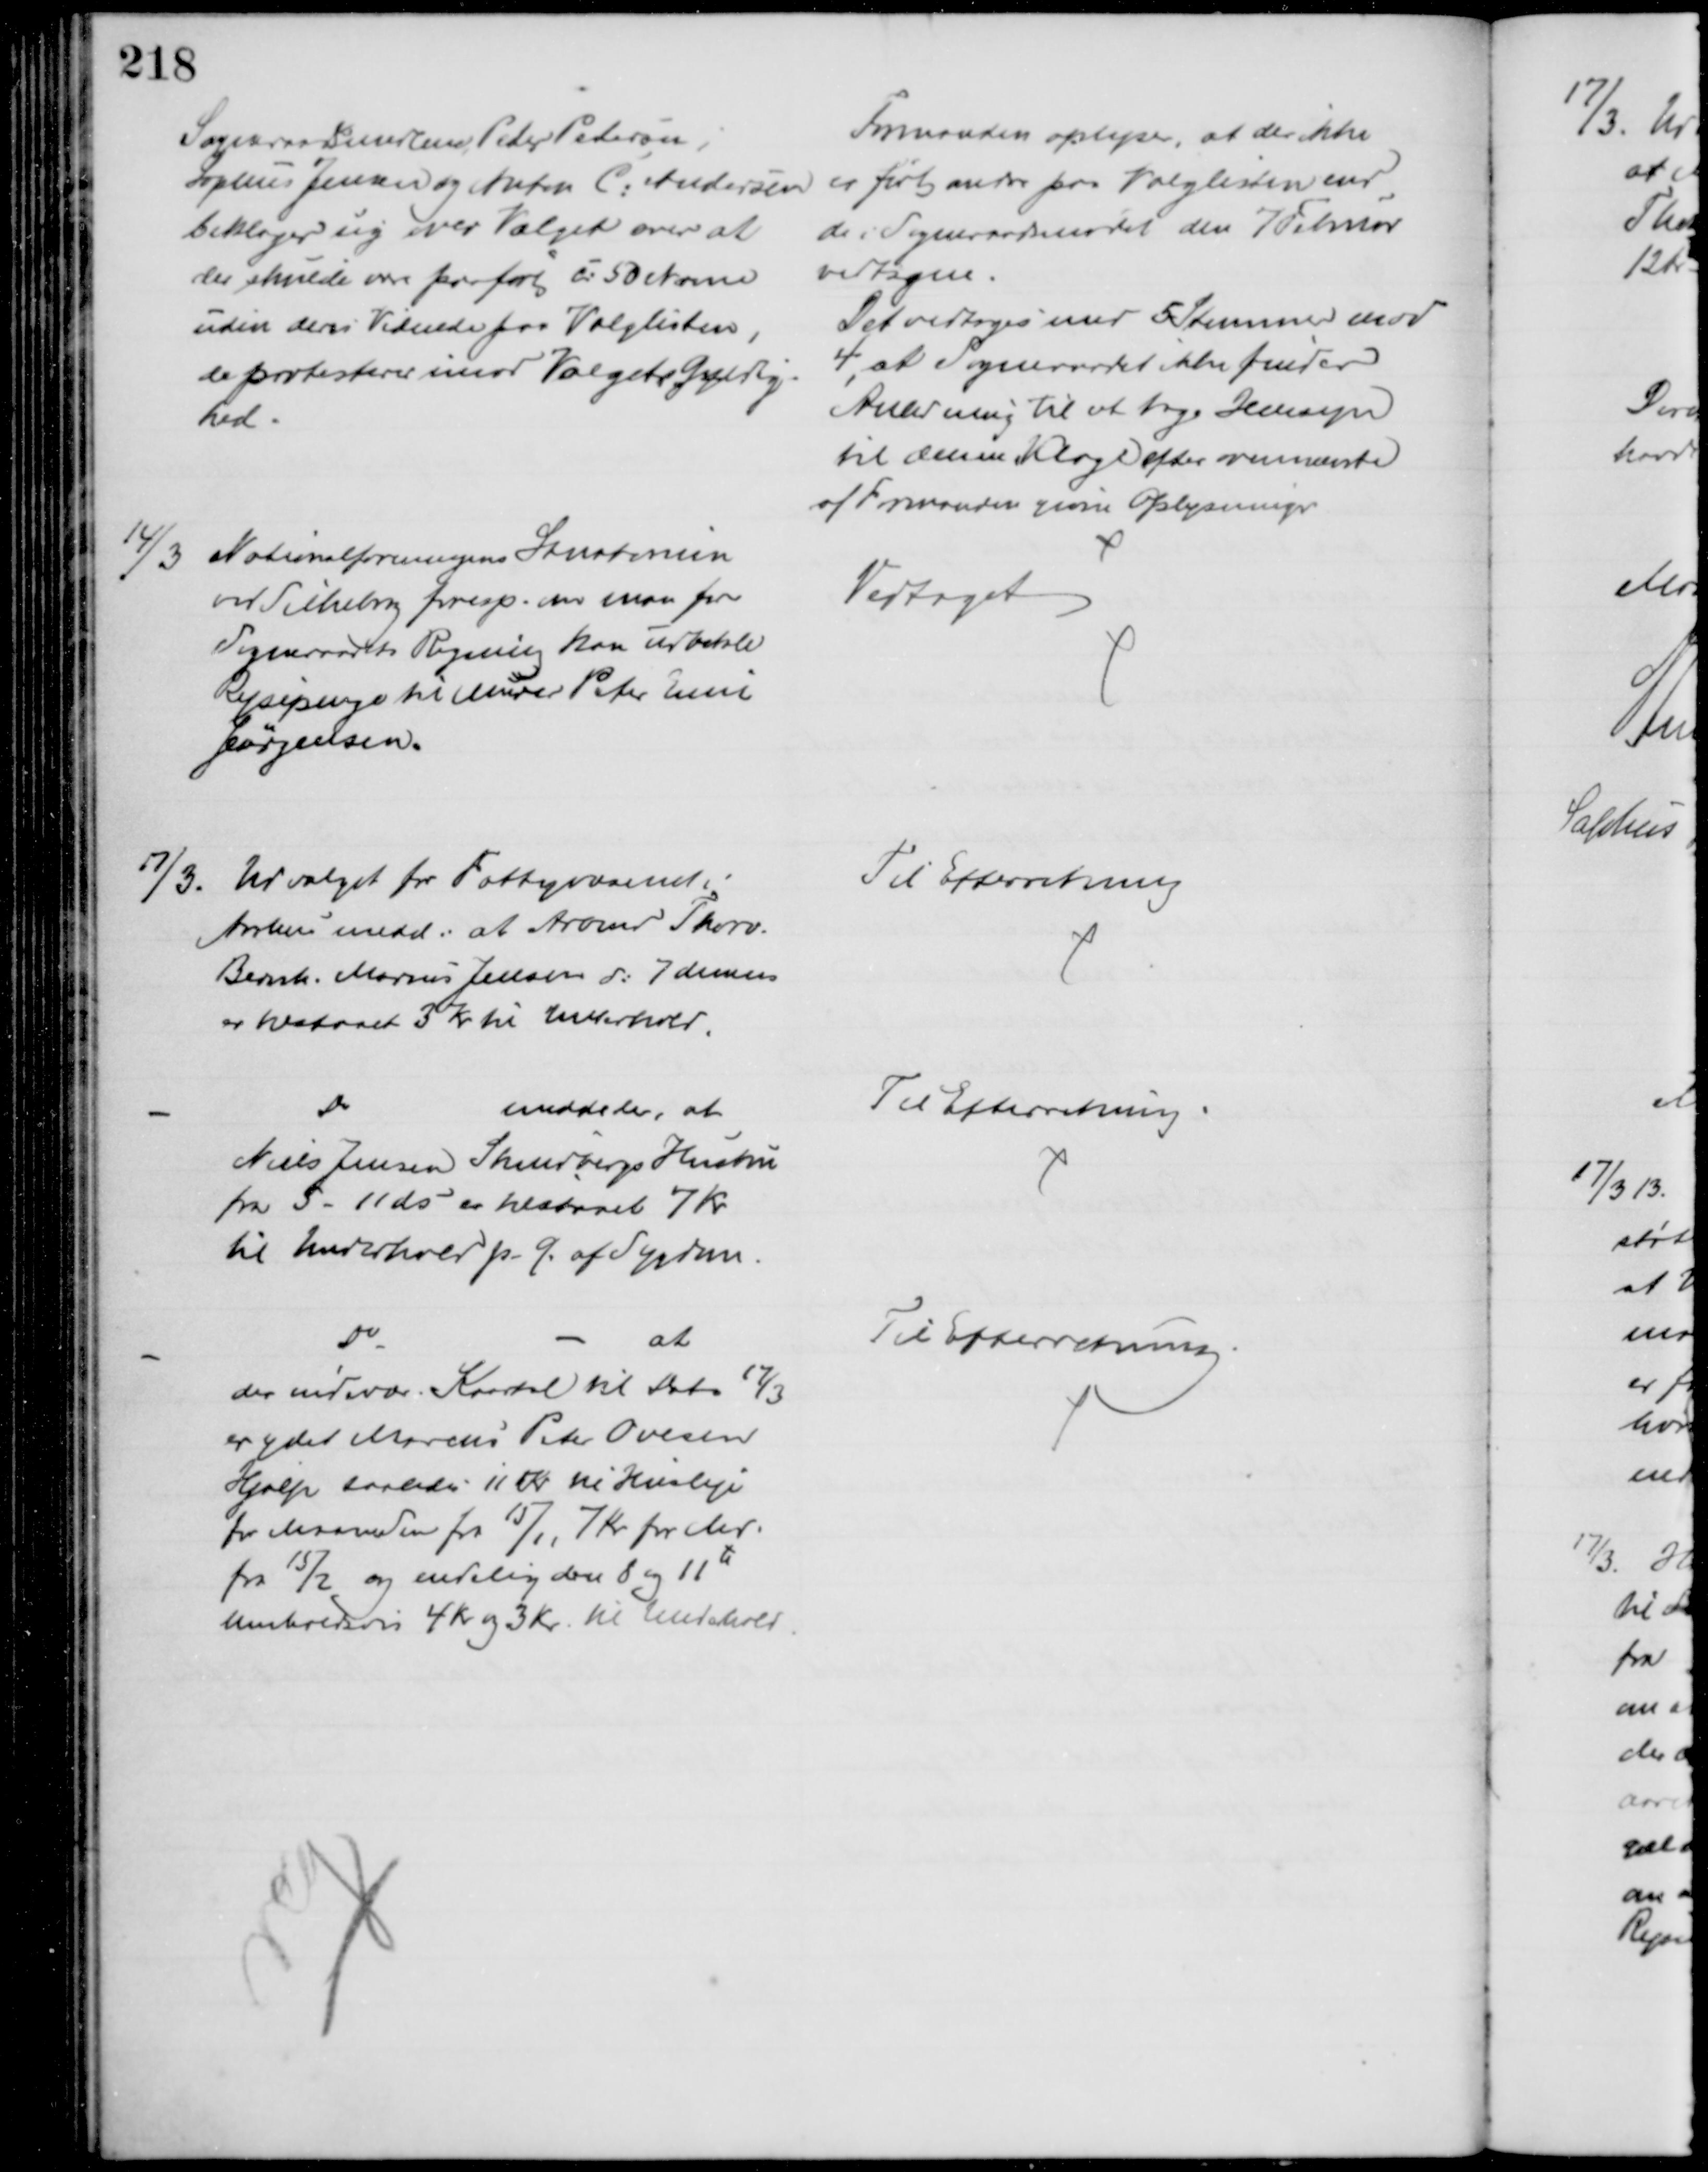
Transskription:
Sogneraadsmedlem Peter Pedersen,
Sophus Jensen og Anton C: Andersen
beklager sig over Valget over at
der skulde være paaført c: 50 Navne
uden deres Vidende paa Valglisten,
de protesterer imod Valgets Gyldig-
hed
Formanden oplyser, at der ikke 
er ført andre paa Valglisten end
de i Sogneraadsmødet den 7 Februar
vedtagne.
Det vedtoges med 5 Stemmer mod
4, at Sogneraadet ikke finder
Anledning til at tage Hensyn
til denne Klage efter ovennævnte
af Formanden givne Oplysninger
14/3 Nationalforeningens Sanatorium
ved Silkeborg foresp. om man for
Sogneraadets Regning kan udbetale
Rejsepenge til Murer Peter Emil
Jørgensen.
Vedtaget
17/3. Udvalget for Fattigvæsenet i
Aarhus medd. at Arbmd Thorv.
Bernh. Marius Jensen d: 7 dennes
er tilstaaet 3 Kr til Underhold.
Til Efterretning
Do
meddeler, at 
Niels Jensen Skindbergs Hustru
fra 5 - 11 ds er tilstaaet 7 Kr
til Underhold p. G. af Sygdom
Til Efterretning
Do
at
der indevær. Kvartal til Dato 17/3
er ydet Marcus Peter Ovesen
Hjælp saaledes 11 Kr til Husleje
for Maaneden fra 15/1, 7 Kr for Md.
fra 15/2 og endelig den 8 og 11te
henholdsvis 4 Kr og 3 Kr til Underhold
Til Efterretning